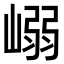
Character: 嵶